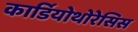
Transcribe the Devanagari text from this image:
कार्डियोथोरेसिस